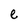
Character: e